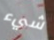
شيء